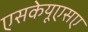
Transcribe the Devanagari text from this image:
एसकेयूएसए